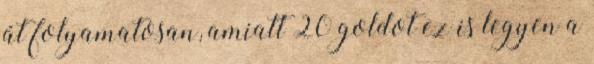
át folyamatosan, amiatt 20 goldot ez is legyen a